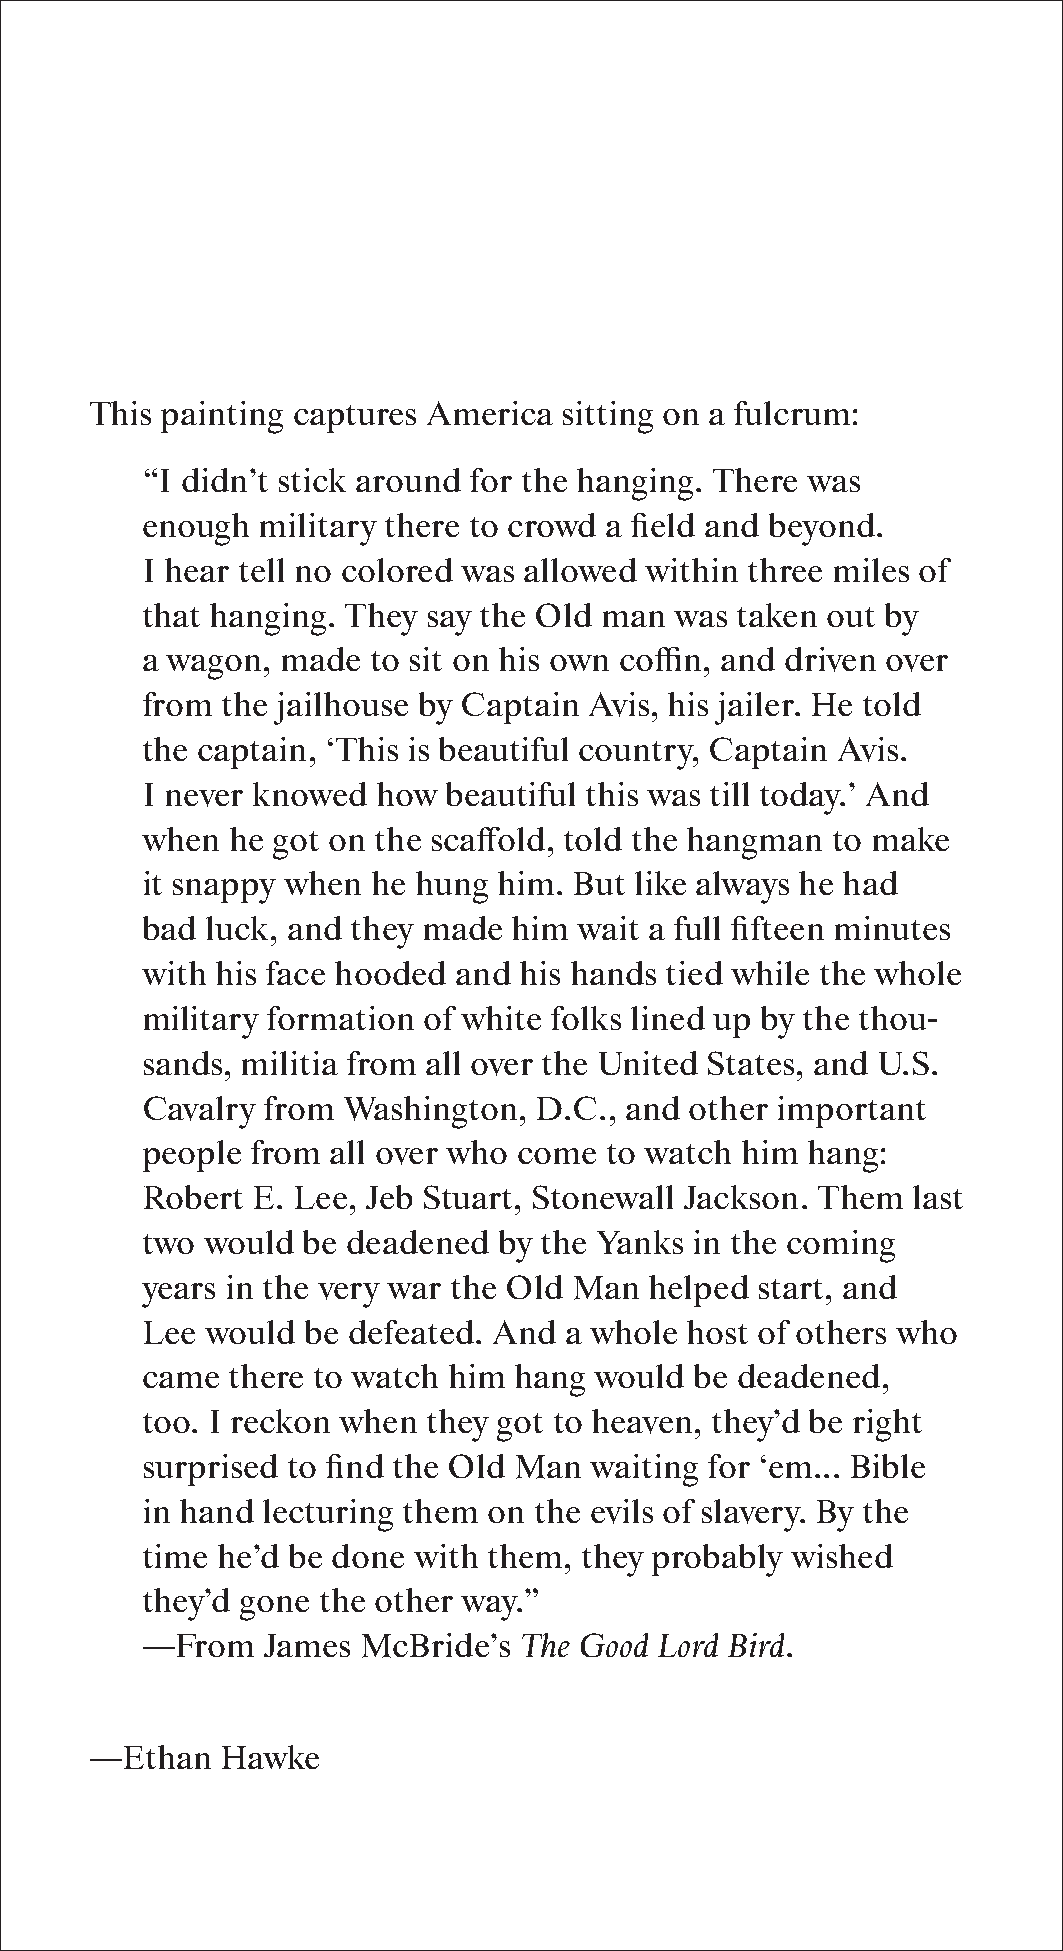
This painting captures America sitting on a fulcrum:
 “I didn’t stick around for the hanging. There was
 enough  military there to crowd a field and beyond.
 I hear tell no colored was allowed within three miles of
 that hanging. They say the Old man  was taken out by
 a wagon,  made  to sit on his own coffin, and driven over
 from  the jailhouse by Captain Avis, his jailer. He told
 the captain, ‘This is beautiful country, Captain Avis.
 I never knowed  how  beautiful this was till today.’ And
 when  he got on the scaffold, told the hangman to make
 it snappy when  he hung him. But like always he had
 bad  luck, and they made him wait a full fifteen minutes
 with his face hooded and his hands tied while the whole
 military formation of white folks lined up by the thou-
 sands, militia from all over the United States, and U.S.
 Cavalry from  Washington, D.C., and  other important
 people  from all over who come to watch him hang:
 Robert  E. Lee, Jeb Stuart, Stonewall Jackson. Them last
 two would  be deadened  by the Yanks in the coming
 years in the very war the Old Man helped start, and
 Lee  would be defeated. And a whole host of others who
 came  there to watch him hang would  be deadened,
 too. I reckon when they got to heaven, they’d be right
 surprised to find the Old Man waiting for ‘em... Bible
 in hand lecturing them on the evils of slavery. By the
 time he’d be done with them, they probably wished
 they’d gone the other way.”
 —From   James  McBride’s The Good  Lord Bird.
 —Ethan   Hawke